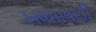
અલમાવાડી